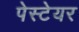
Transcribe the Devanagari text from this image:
पेस्टेयर